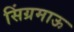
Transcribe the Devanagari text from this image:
सिंग्रमाऊ